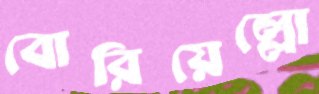
বোরিয়েল্লো